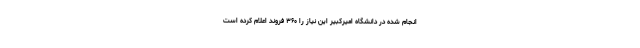
انجام شده در دانشگاه امیرکبیر این نیاز را ۳۶۰ فروند اعلام کرده است